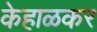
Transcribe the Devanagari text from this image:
केहाळकर